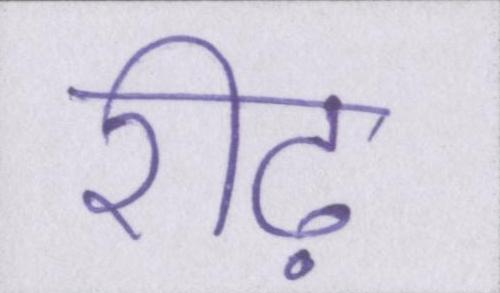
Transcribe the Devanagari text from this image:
रीढ़